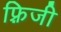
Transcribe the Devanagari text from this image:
फ़्रिजी